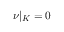
\nu | _ { K } = 0